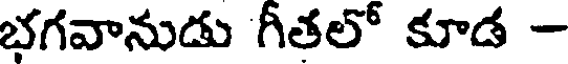
భగవానుడు గీతలో కూడ -